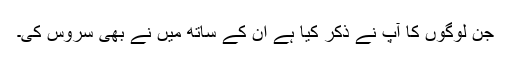
جن لوگوں کا آپ نے ذکر کیا ہے ان کے ساتھ میں نے بھی سروس کی۔